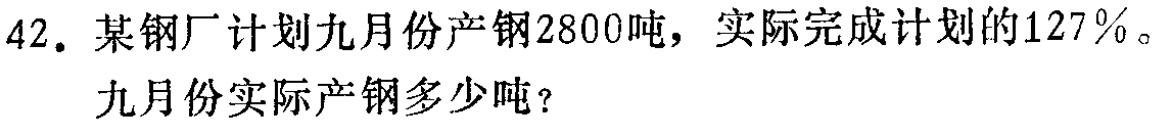
42. 某钢厂计划九月份产钢2800吨，实际完成计划的127%。

九月份实际产钢多少吨？